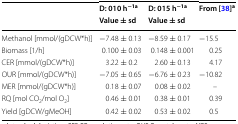
| <ROWSPAN=2>  | D: 010 h−1a | D: 015 h−1a | <ROWSPAN=2> From [38]a |
 | Value ± sd | Value ± sd |
 | --- | --- | --- | --- |
 | Methanol [mmol/(gDCW*h)] | −7.48 ± 0.13 | −8.59 ± 0.17 | −15.5 |
 | Biomass [1/h] | 0.100 ± 0.03 | 0.148 ± 0.001 | 0.25 |
 | CER [mmol/(gDCW*h)] | 3.22 ± 0.2 | 2.60 ± 0.13 | 4.17 |
 | OUR [mmol/(gDCW*h)] | −7.05 ± 0.65 | −6.76 ± 0.23 | −10.82 |
 | MER [mmol/(gDCW*h)] | 0.18 ± 0.07 | 0.08 ± 0.02 | – |
 | RQ [mol CO2/mol O2] | 0.46 ± 0.01 | 0.38 ± 0.01 | 0.39 |
 | Yield [gDCW/gMeOH] | 0.42 ± 0.02 | 0.53 ± 0.02 | 0.5 |